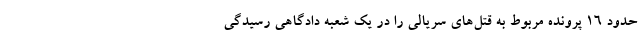
حدود ۱۶ پرونده مربوط به قتل‌های سریالی را در یک شعبه دادگاهی رسیدگی